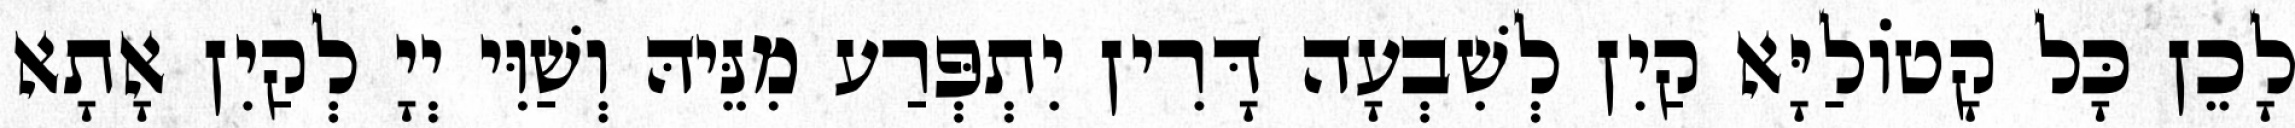
לָכֵן כָּל קָטוֹלַיָּא קַיִן לְשִׁבְעָה דָּרִין יִתְפְּרַע מִנֵּיהּ וְשַׁוִּי יְיָ לְקַיִן אָתָא